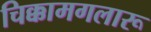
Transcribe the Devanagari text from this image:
चिक्कामगलारू